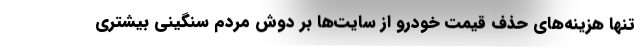
تنها هزینه‌های حذف قیمت خودرو از سایت‌ها بر دوش مردم سنگینی بیشتری